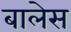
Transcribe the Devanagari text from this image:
बालेस